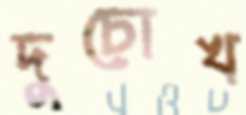
দুচোখ